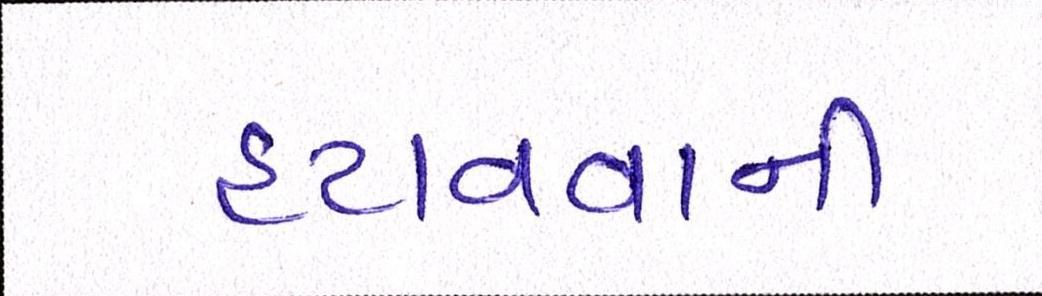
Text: હટાવવાની